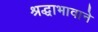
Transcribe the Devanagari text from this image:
श्रद्धाभावाने